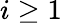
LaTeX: i\ge 1